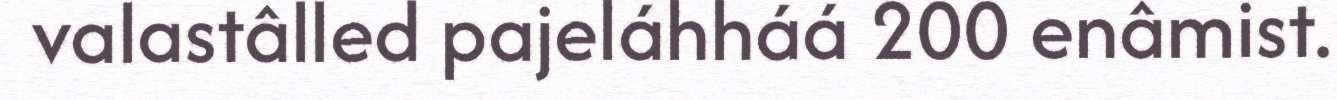
valastâlled pajeláhháá 200 enâmist.